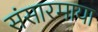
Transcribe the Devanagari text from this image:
संसारमाया